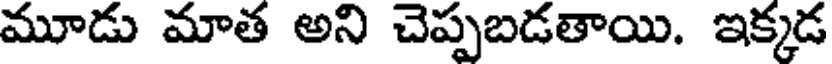
మూడు మాత అని చెప్పబడతాయి. ఇక్కడ